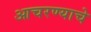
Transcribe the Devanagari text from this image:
आचरण्याचे